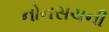
નોનસચની